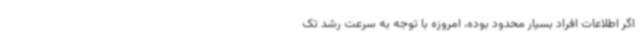
اگر اطلاعات افراد بسیار محدود بوده، امروزه با توجه به سرعت رشد تک